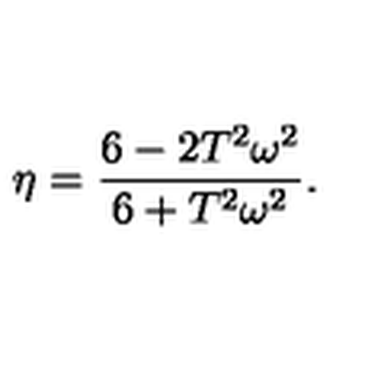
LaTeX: \eta = \frac { 6 - 2 T ^ { 2 } \omega ^ { 2 } } { 6 + T ^ { 2 } \omega ^ { 2 } } .